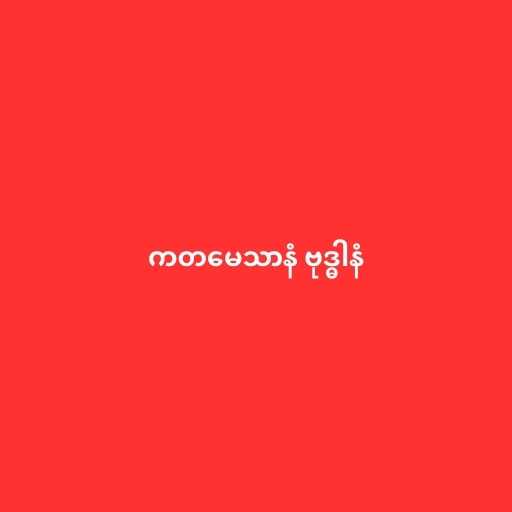
ကတမေသာနံ ဗုဒ္ဓါနံ